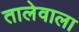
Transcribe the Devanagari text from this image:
तालेवाला